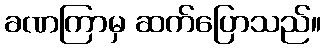
ခဏကြာမှ ဆက်ပြောသည်။